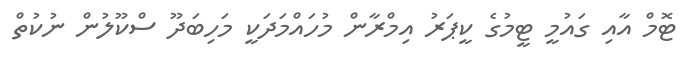
ޓޮމް އާއި ގައުމީ ޓީމުގެ ކީޕަރު އިމްރާން މުހައްމަދަކީ މަހިބަދޫ ސްކޫލުން ނުކުތް